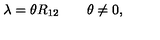
\lambda = \theta R _ { 1 2 } \qquad \theta \neq 0 ,